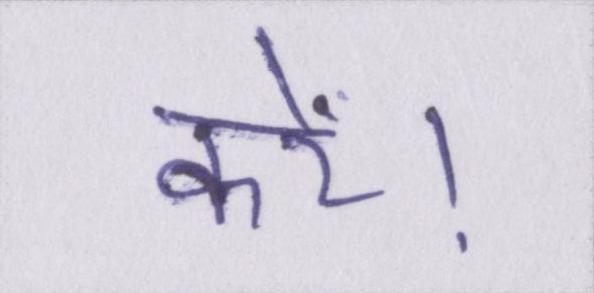
करें।